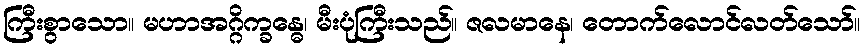
ကြီးစွာသော။ မဟာအဂ္ဂိက္ခန္ဓေ၊ မီးပုံကြီးသည်။ ဇလမာနေ၊ တောက်လောင်လတ်သော်။